Indian journal of veterinary science and animal husbandry - Volume 10,
Year: 1940
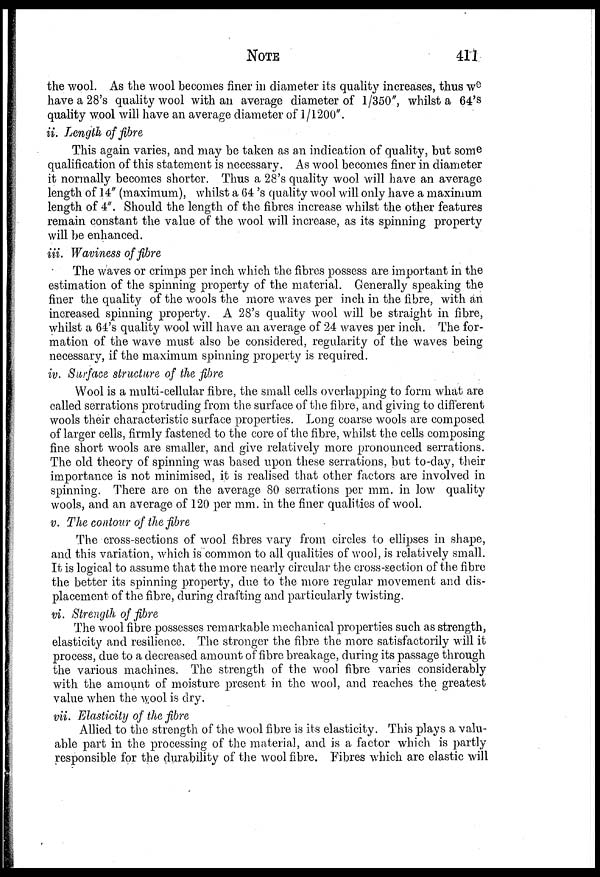
NOTE 411
the wool. As the wool becomes finer in diameter its quality increases, thus we
have a 28's quality wool with an average diameter of 1/350", whilst a 64's
quality wool will have an average diameter of 1/1200".
ii. Length of fibre
This again varies, and may be taken as an indication of quality, but some
qualification of this statement is necessary. As wool becomes finer in diameter
it normally becomes shorter. Thus a 28's quality wool will have an average
length of 14" (maximum), whilst a 64 's quality wool will only have a maximum
length of 4". Should the length of the fibres increase whilst the other features
remain constant the value of the wool will increase, as its spinning property
will be enhanced.
iii. Waviness of fibre
The waves or crimps per inch which the fibres possess are important in the
estimation of the spinning property of the material. Generally speaking the
finer the quality of the wools the more waves per inch in the fibre, with an
increased spinning property. A 28's quality wool will be straight in fibre,
whilst a 64's quality wool will have an average of 24 waves per inch. The for-
mation of the wave must also be considered, regularity of the waves being
necessary, if the maximum spinning property is required.
iv. Surface structure of the fibre
Wool is a multi-cellular fibre, the small cells overlapping to form what are
called serrations protruding from the surface of the fibre, and giving to different
wools their characteristic surface properties. Long coarse wools are composed
of larger cells, firmly fastened to the core of the fibre, whilst the cells composing
fine short wools are smaller, and give relatively more pronounced serrations.
The old theory of spinning was based upon these serrations, but to-day, their
importance is not minimised, it is realised that other factors are involved in
spinning. There are on the average 80 serrations per mm. in low quality
wools, and an average of 120 per mm. in the finer qualities of wool.
v. The contour of the fibre
The cross-sections of wool fibres vary from circles to ellipses in shape,
and this variation, which is common to all qualities of wool, is relatively small.
It is logical to assume that the more nearly circular the cross-section of the fibre
the better its spinning property, due to the more regular movement and dis-
placement of the fibre, during drafting and particularly twisting.
vi. Strength of fibre
The wool fibre possesses remarkable mechanical properties such as strength,
elasticity and resilience. The stronger the fibre the more satisfactorily will it
process, due to a decreased amount of fibre breakage, during its passage through
the various machines. The strength of the wool fibre varies considerably
with the amount of moisture present in the wool, and reaches the greatest
value when the wool is dry.
vii. Elasticity of the fibre
Allied to the strength of the wool fibre is its elasticity. This plays a valu-
able part in the processing of the material, and is a factor which is partly
responsible for the durability of the wool fibre. Fibres which are elastic will